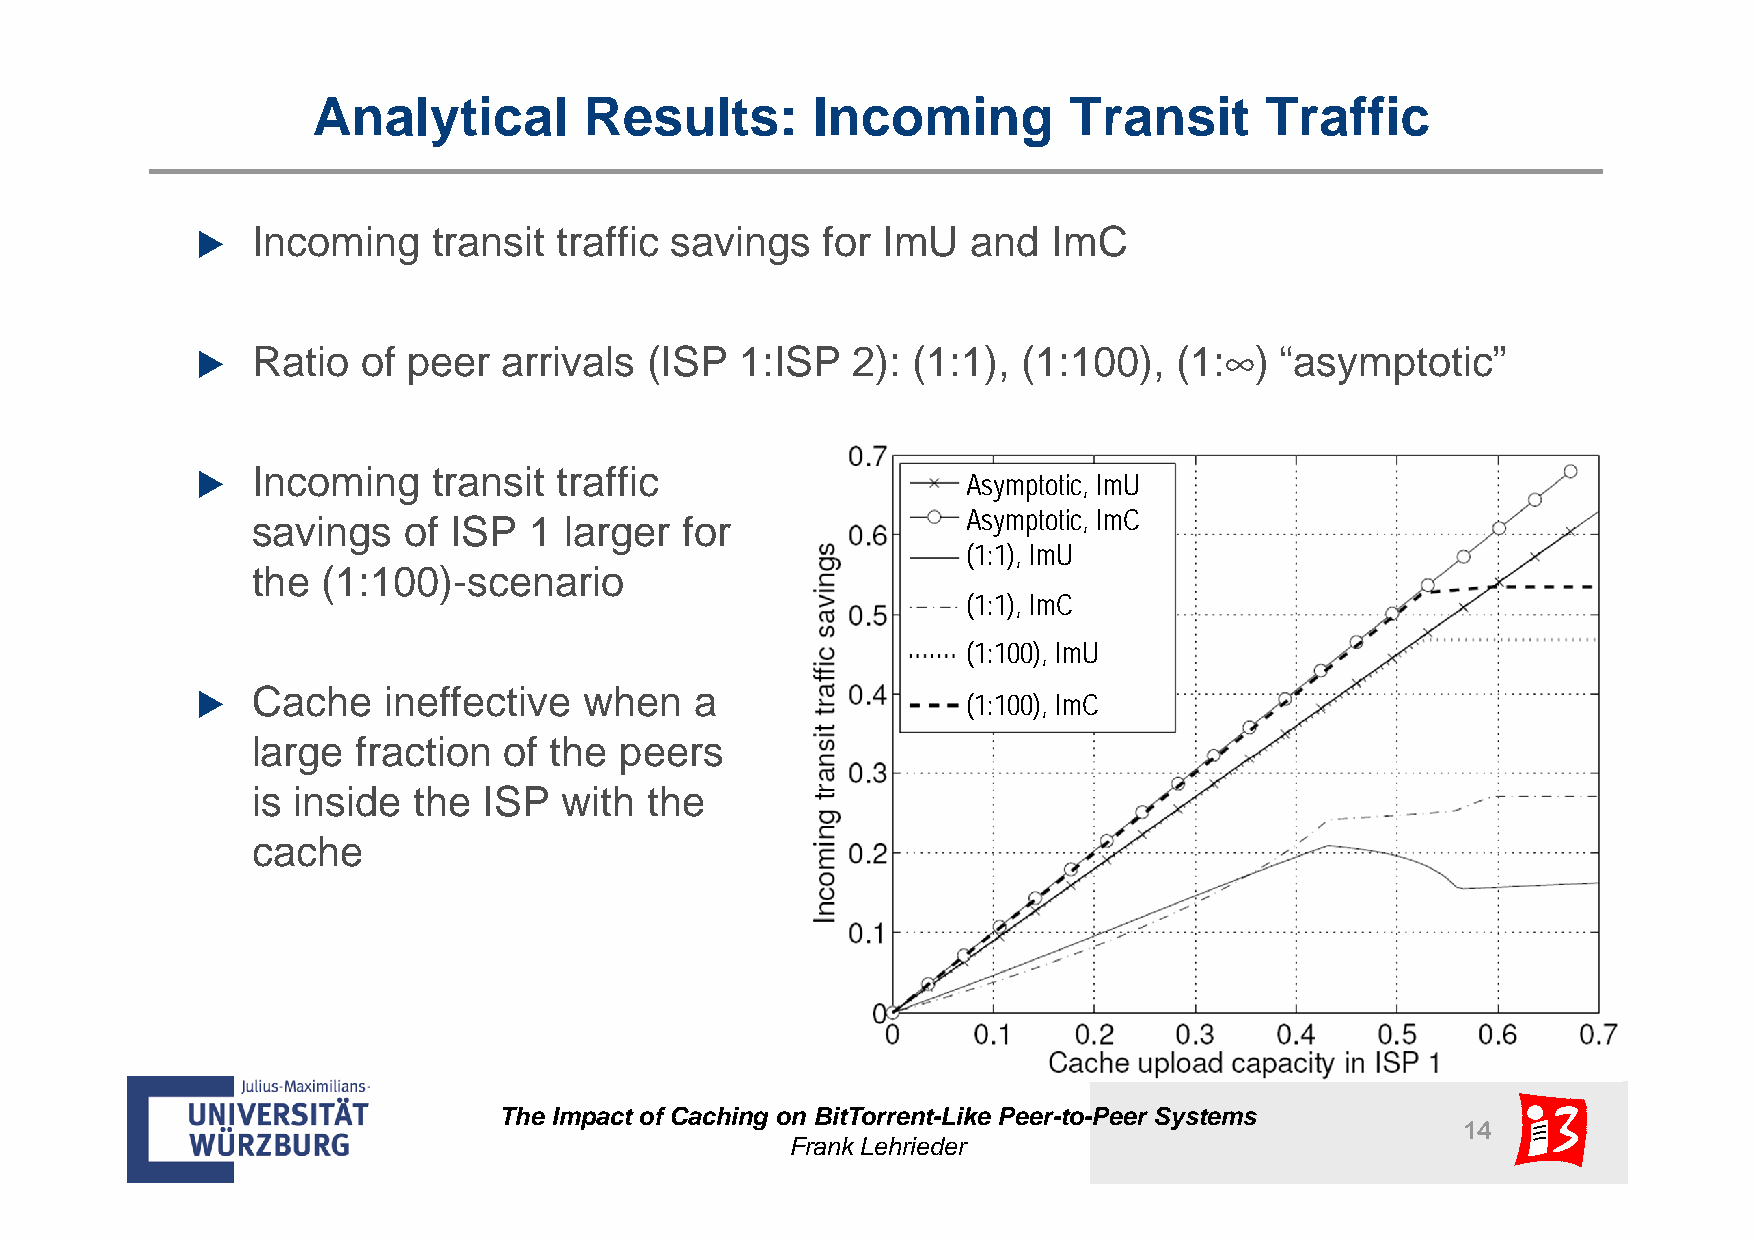
Analytical        Results:       Incoming         Transit      Traffic
 Incoming    transit traffic savings  for ImU   and   ImC
 
 ∞
 Ratio  of peer  arrivals  (ISP  1:ISP  2): (1:1),  (1:100),  (1:  ) “asymptotic”
 
 Incoming    transit traffic
                                                   Asymptotic, ImU
 savings   of ISP  1 larger  for                Asymptotic, ImC
 (1:1), ImU
 the (1:100)-scenario
 (1:1), ImC
 (1:100), ImU
 Cache   ineffective   when   a
                                                   (1:100), ImC
 large  fraction of the  peers
 is inside the  ISP  with  the
 cache
 The Impact of Caching on BitTorrent-Like Peer-to-Peer Systems
 14
 Frank Lehrieder